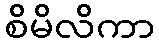
စိမိလိကာ